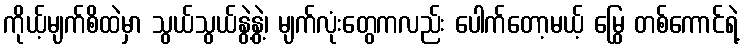
ကိုယ့်မျက်စိထဲမှာ သွယ်သွယ်နွဲ့နွဲ့၊ မျက်လုံးတွေကလည်း ပေါက်တော့မယ့် မြွေ တစ်ကောင်ရဲ့